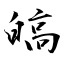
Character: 皜